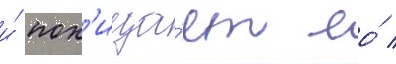
и́ пох'ища́ет ео́ /